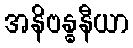
အနိဗန္ဓနီယာ